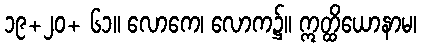
၁၉+၂၀+ ၆၁။ လောကေ၊ လောက၌။ ဣတ္ထိယောနာမ၊